Vaccination in Burma 1920-1933 - 1920-1933
Year: 1920
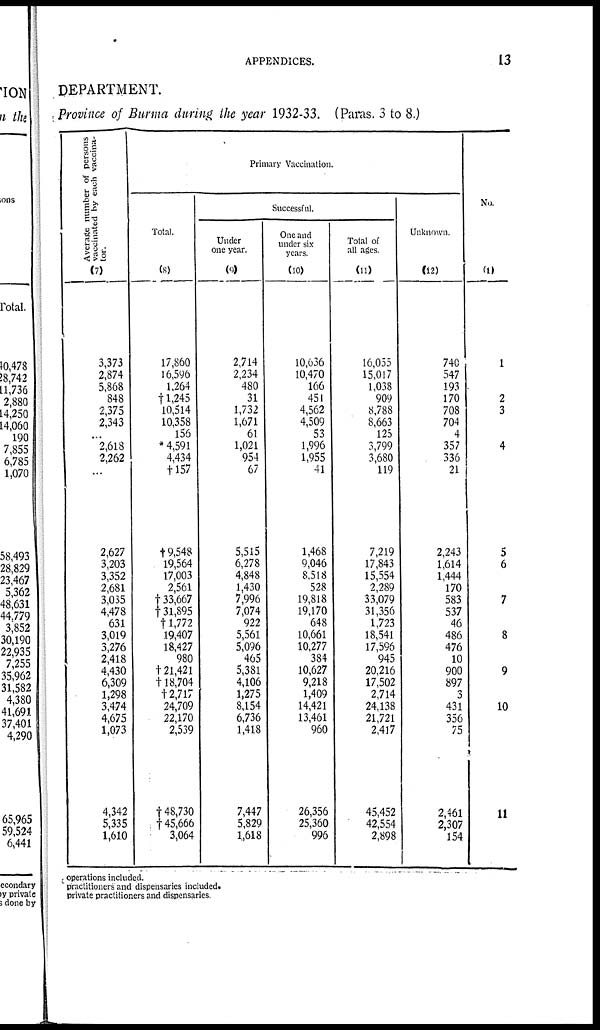
APPENDICES.
13
DEPARTMENT.
Province of Burma during the year 1932-33. (Paras. 3 to 8.)
Average number of persons
vaccinated by each vaccina-
tor.
(7)
3,373
2,874
5,868
848
2,375
2,343
...
2,618
2,262
...
2,627
3,203
3,352
2,681
3,035
4,478
631
3,019
3,276
2,418
4,430
6,309
1,298
3,474
4,675
1,073
4,342
5,335
1,610
Primary Vaccination.
Total.
(8)
17,860
16,596
1,264
†1,245
10,514
10,358
156
* 4,591
4,434
†157
†9,548
19,564
17,003
2,561
† 33,667
131,895
†1,772
19,407
18,427
980
†21,421
†18,704
†2,717
24,709
22,170
2,539
†48,730
†45,666
3,064
Successful.
Under
one year.
(9)
2,714
2,234
480
31
1,732
1,671
61
1,021
954
67
5,515
6,278
4,848
1,430
7,996
7,074
922
5,561
5,096
465
5,381
4,106
1,275
8,154
6,736
1,418
7,447
5,829
1,618
One and
under six
years.
(10)
10,636
10,470
166
451
4,562
4,509
53
1,996
1,955
41
1,468
9,046
8,518
528
19,818
19,170
648
10,661
10,277
384
10,627
9,218
1,409
14,421
13,461
960
26,356
25,360
996
Total of
all ages.
(11)
16,055
15,017
1,038
909
8,788
8,663
125
3,799
3,680
119
7,219
17,843
15,554
2,289
33,079
31,356
1,723
18,541
17,596
945
20,216
17,502
2,714
24,138
21,721
2,417
45,452
42,554
2,898
Unknown.
(12)
740
547
193
170
708
704
4
357
336
21
2,243
1,614
1,444
170
583
537
46
486
476
10
900
897
3
431
356
75
2,461
2,307
154
No.
(1)
1
2
3
4
5
6
7
8
9
10
11
operations included.
practitioners and dispensaries included.
private practitioners and dispensaries.